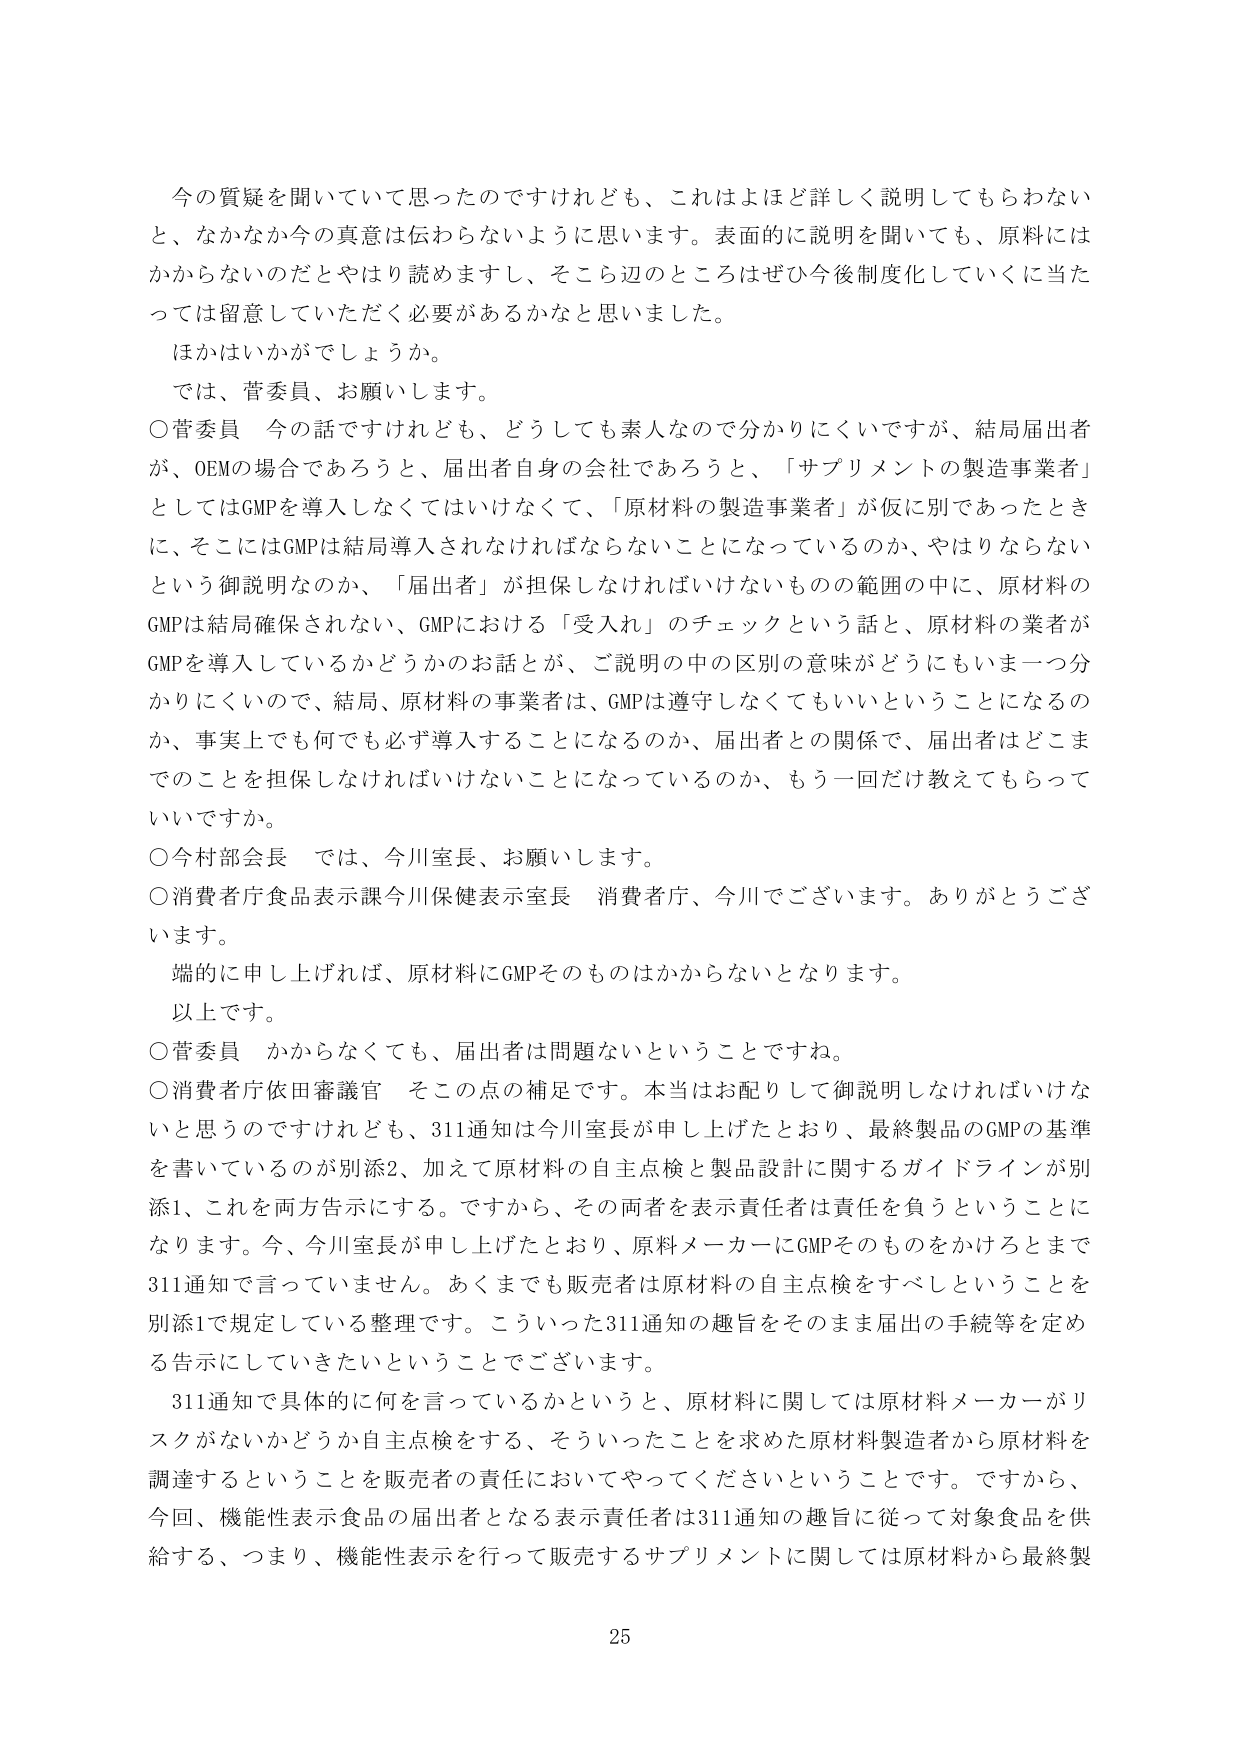
今の質疑を聞いていて思ったのですけれども、これはよほど詳しく説明してもらわない
と、なかなか今の真意は伝わらないように思います。表面的に説明を聞いても、原料には
かからないのだとかやはり読めますし、そこら辺のところはぜひ今後制度化していくに当た
っては留意していただく必要があるかなと思いました。
ほかはいかがでしょうか。
では、菅委員、お願いします。
○菅委員 今の話ですけれども、どうしても素人なので分かりにくいですが、結局届出者
が、OEMの場合であろうと、届出者自身の会社であろうと、「サプリメントの製造事業者」
としてはGMPを導入しなくてはいけなくて、「原材料の製造事業者」が仮に別であったとき
に、そこにはGMPは結局導入されなければならないことになっているのか、やはりならない
という御説明なのか、「届出者」が担保しなければいけないものの範囲の中に、原材料の
GMPは結局確保されない、GMPにおける「受入れ」のチェックという話と、原材料の業者が
GMPを導入しているかどうかのお話とが、ご説明の中の区別の意味がどうにもいま一つ分
かりにくいので、結局、原材料の事業者は、GMPは遵守しなくてもいいということになるの
か、事実上でも何でも必ず導入することになるのか、届出者との関係で、届出者はどこま
でのことを担保しなければいけないことになっているのか、もう一回だけ教えてもらって
いいですか。
○今村部会長 では、今川室長、お願いします。
○消費者庁食品表示課今川保健表示室長 消費者庁、今川でございます。ありがとうございます。
端的に申し上げれば、原材料にGMPそのものはかからないとなります。
以上です。
○菅委員 かからなくても、届出者は問題ないということですね。
○消費者庁依田審議官 そこの点の補足です。本当はお配りして御説明しなければいけな
いと思うのですけれども、311通知は今川室長が申し上げたとおり、最終製品のGMPの基準
を書いているのが別添2、加えて原材料の自主点検と製品設計に関するガイドラインが別
添1、これを両方告示にする。ですから、その両者を表示責任者は責任を負うということに
なります。今、今川室長が申し上げたとおり、原料メーカーにGMPそのものをかけるとまで
311通知で言っていません。あくまでも販売者は原材料の自主点検をすべしということを
別添1で規定している整理です。こういった311通知の趣旨をそのまま届出の手続等を定め
る告示にしていきたいということでございます。
311通知で具体的に何を言っているかというと、原材料に関しては原材料メーカーがリ
スクがないかどうか自主点検をする、そういったことを求めた原材料製造者から原材料を
調達することを販売者の責任においてやってくださいということです。ですから、
今回、機能性表示食品の届出者となる表示責任者は311通知の趣旨に従って対象食品を供
給する、つまり、機能性表示を行って販売するサプリメントに関しては原材料から最終製

25